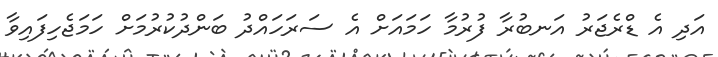
އަދި އެ ޑްރެޖަރު އަނބުރާ ފުރުމާ ހަމައަށް އެ ސަރަހައްދު ބަންދުކުރުމަށް ހަމަޖެހިފައިވާ